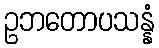
ဥဘတောပသန္နံ